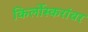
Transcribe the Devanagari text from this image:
किर्लोस्करांवर